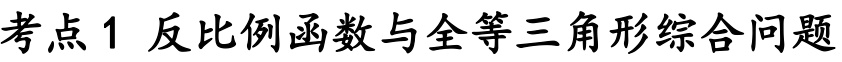
考点1 反比例函数与全等三角形综合问题